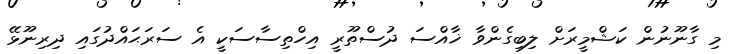
މި ގާނޫނުން ކަޝްމީރަށް ލިބިގެންވާ ޚާއްސަ ދުސްތޫރީ އިހްތިސާސަކީ އެ ސަރަޙައްދުގައި ދިރިނޫޅޭ